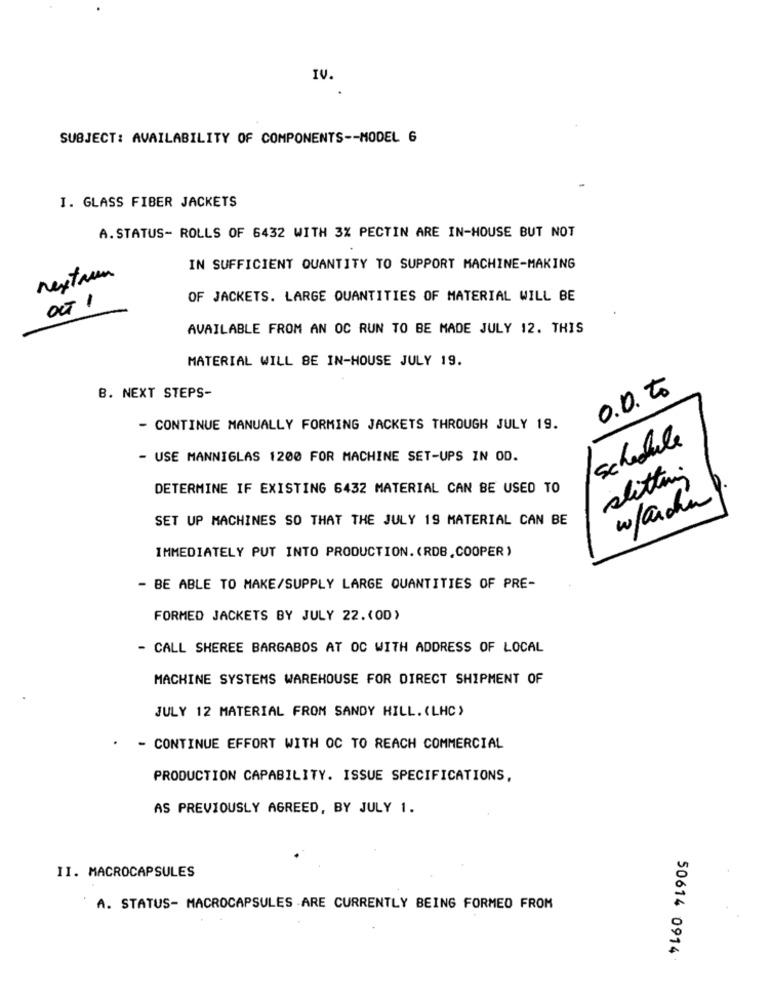
IV.
SUBJECT: AVAILABILITY OF COMPONENTS -- MODEL 6
I. GLASS FIBER JACKETS
A. STATUS- ROLLS OF 6432 WITH 3% PECTIN ARE IN-HOUSE BUT NOT
nextaum
IN SUFFICIENT QUANTITY TO SUPPORT MACHINE-MAKING
OF JACKETS. LARGE QUANTITIES OF MATERIAL WILL BE
OTI
AVAILABLE FROM AN OC RUN TO BE MADE JULY 12. THIS
MATERIAL WILL BE IN-HOUSE JULY 19.
B. NEXT STEPS-
0.0. to
- CONTINUE MANUALLY FORMING JACKETS THROUGH JULY 19.
schedule
- USE MANNIGLAS 1200 FOR MACHINE SET-UPS IN OD.
sitting
DETERMINE IF EXISTING 6432 MATERIAL CAN BE USED TO
w/archin
SET UP MACHINES SO THAT THE JULY 19 MATERIAL CAN BE
IMMEDIATELY PUT INTO PRODUCTION. (RDB.COOPER)
- BE ABLE TO MAKE/SUPPLY LARGE QUANTITIES OF PRE-
FORMED JACKETS BY JULY 22.(00)
- CALL SHEREE BARGABOS AT OC WITH ADDRESS OF LOCAL
MACHINE SYSTEMS WAREHOUSE FOR DIRECT SHIPMENT OF
JULY 12 MATERIAL FROM SANDY HILL. (LHC)
. - CONTINUE EFFORT WITH OC TO REACH COMMERCIAL
PRODUCTION CAPABILITY. ISSUE SPECIFICATIONS,
AS PREVIOUSLY AGREED, BY JULY 1.
II. MACROCAPSULES
A. STATUS- MACROCAPSULES ARE CURRENTLY BEING FORMED FROM
50614 0914